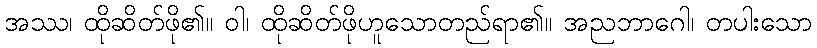
အဿ၊ ထိုဆိတ်ဖို၏။ ဝါ၊ ထိုဆိတ်ဖိုဟူသောတည်ရာ၏။ အညဘာဂေါ၊ တပါးသော